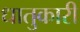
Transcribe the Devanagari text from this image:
धातुकारी